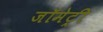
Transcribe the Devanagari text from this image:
जॉमेट्री